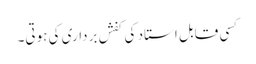
کسی قابل استاد کی کفش برداری کی ہوتی۔